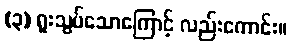
(၃) ရူးသွပ်သောကြောင့် လည်းကောင်း။